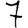
Digit: 7